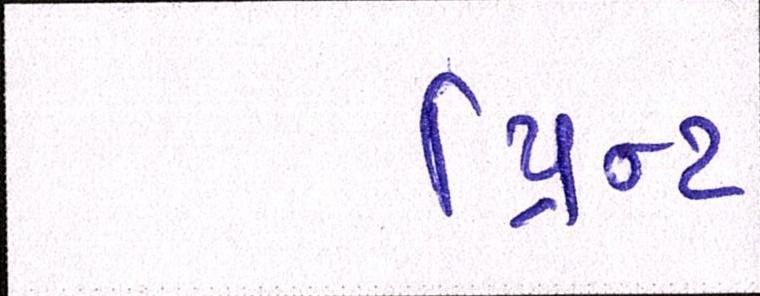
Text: પ્રિન્ટ